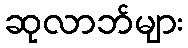
ဆုလာဘ်များ